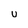
Character: U